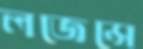
লজেন্সে